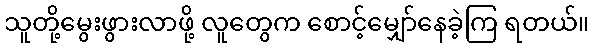
သူတို့မွေးဖွားလာဖို့ လူတွေက စောင့်မျှော်နေခဲ့ကြ ရတယ်။